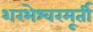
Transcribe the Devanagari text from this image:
शरभेश्वरमूर्ती